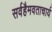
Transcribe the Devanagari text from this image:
सर्वहैमवताचार्य